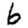
Digit: 6